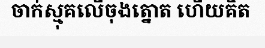
ចាក់ស្មុគលើចុងត្នោត ហើយគិត